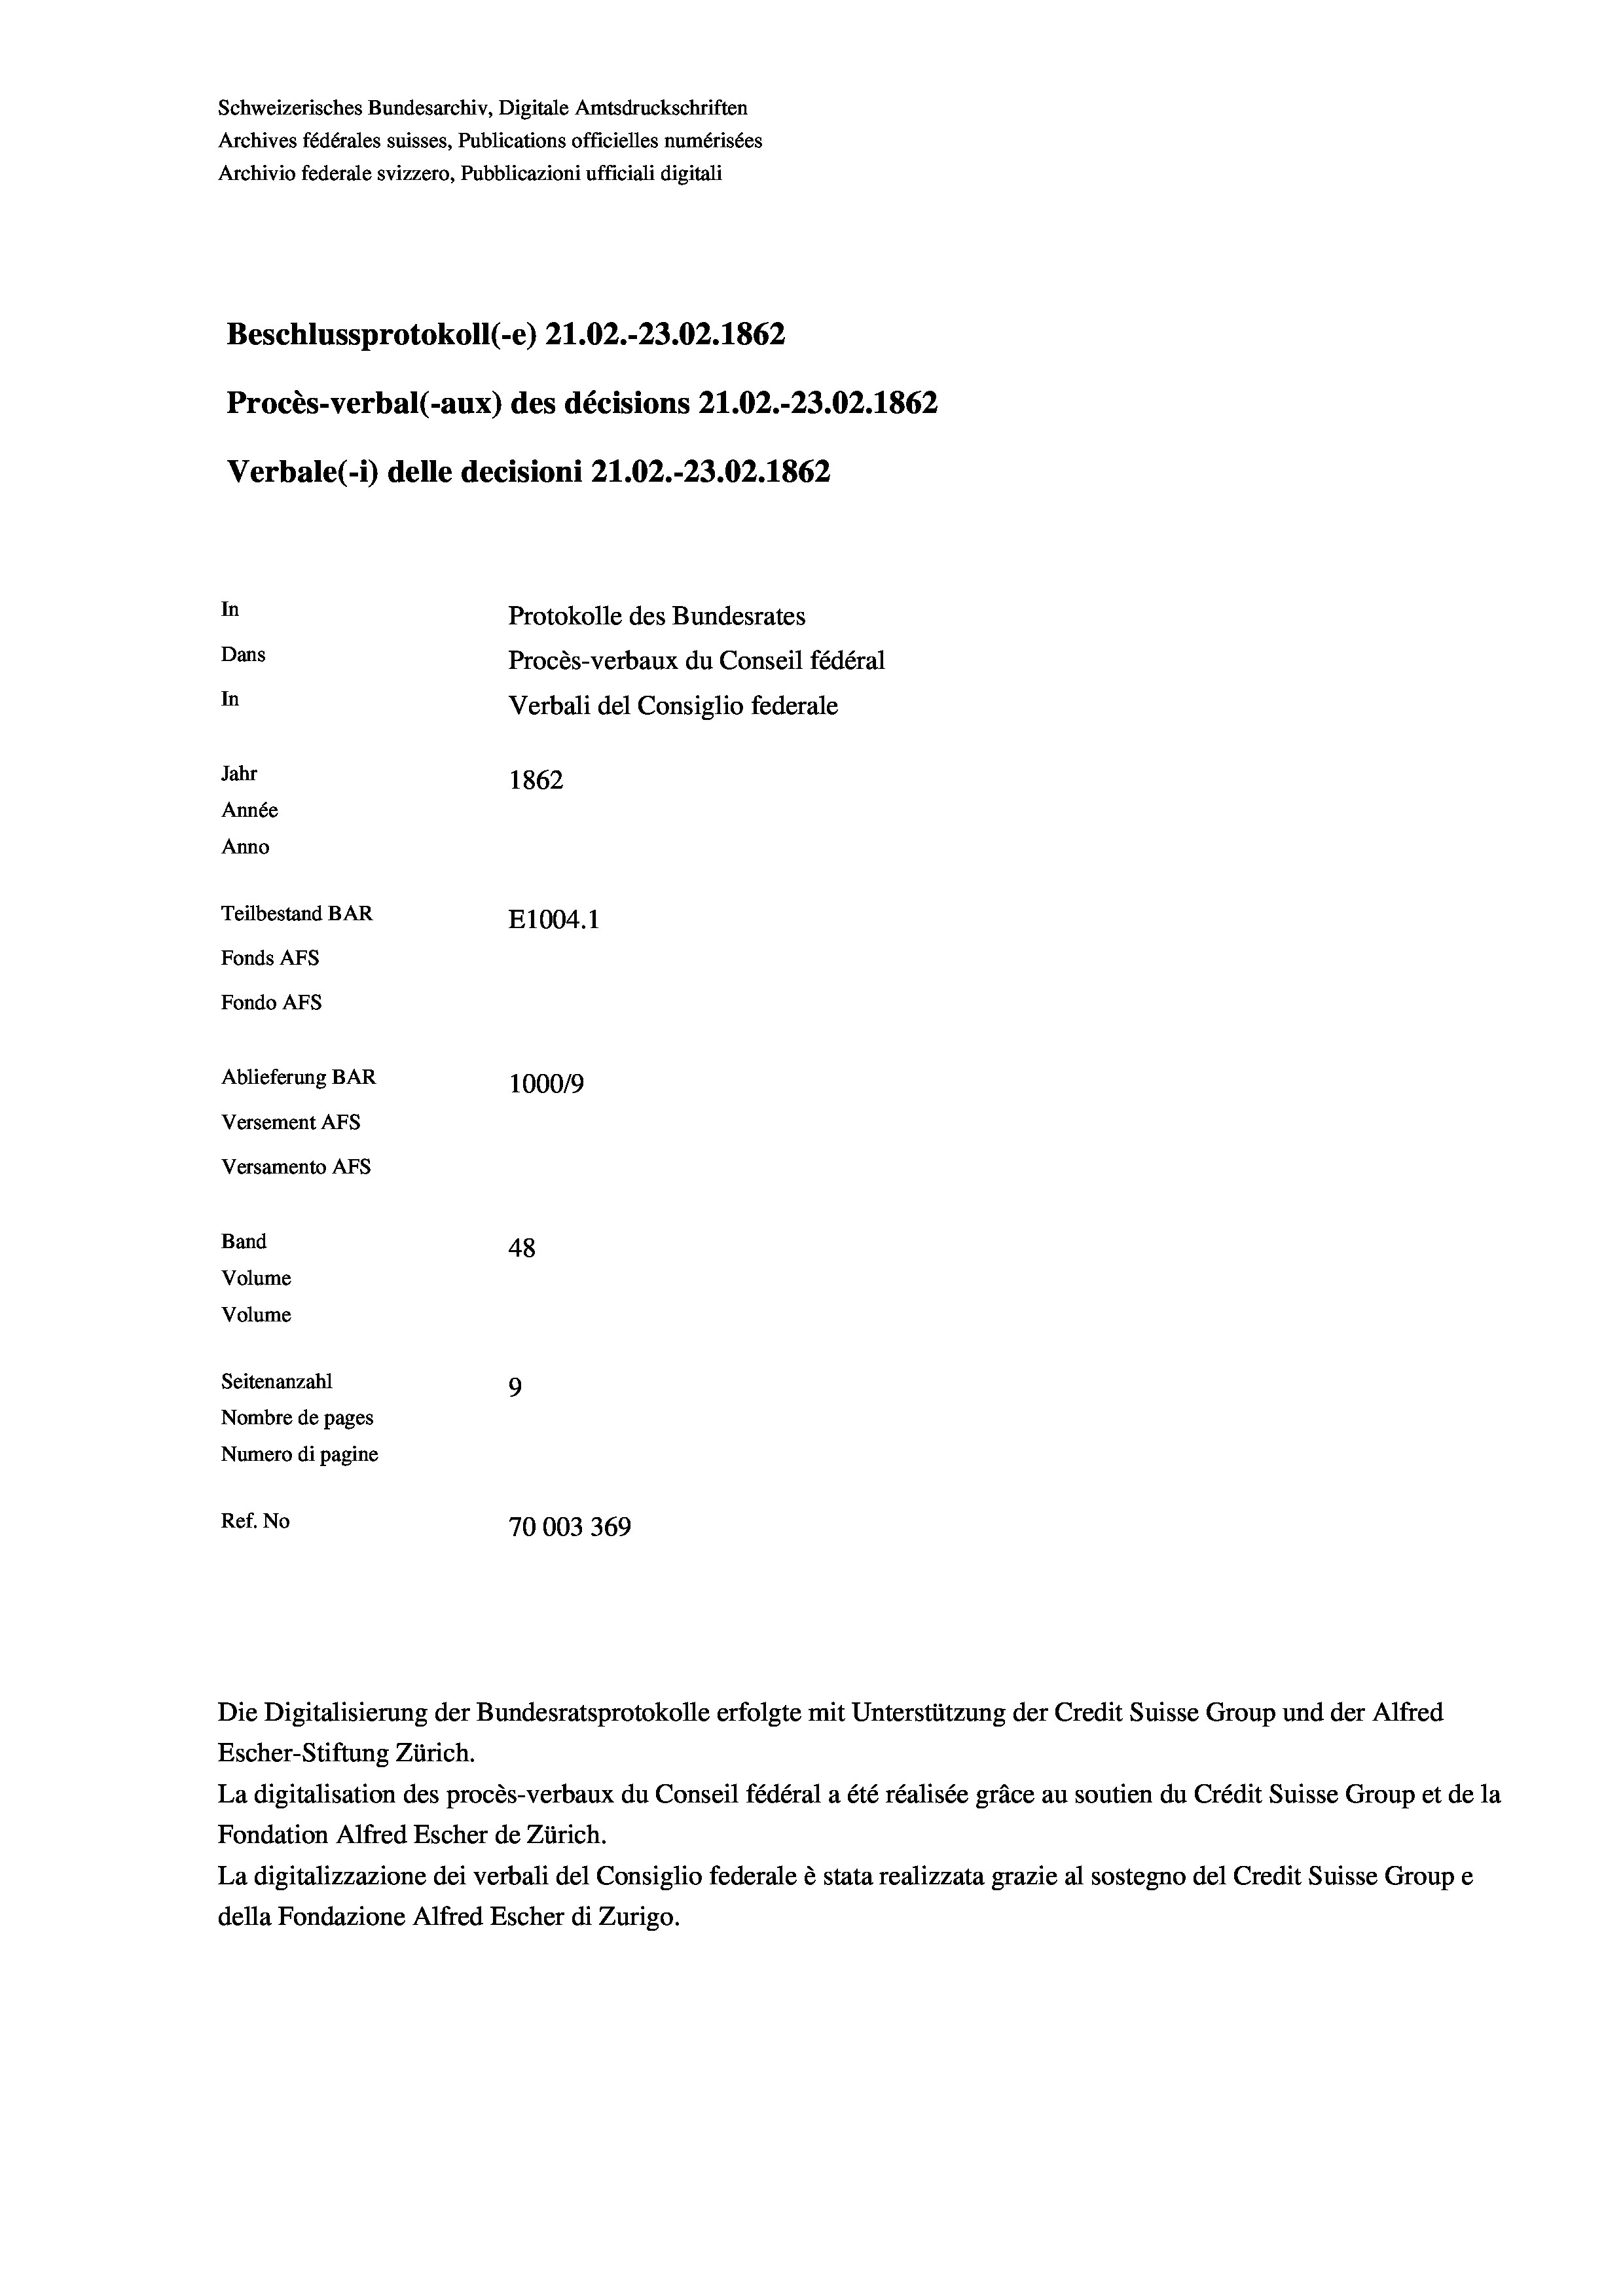
Schweizerisches Bundesarchiv, Digitale Amtsdruckschriften
Archives fédérales suisses, Publications officielles numérisées
Archivio federale svizzero, Pubblicazioni ufficiali digitali
Beschlussprotokoll (-e) 21.02.-23.02. 1862
Procès-verbal (-aux) des décisions 21.02.-23.02. 1862
Verbale (1) delle decisioni 21.02.-23.02. 1862
In
Protokolle des Bundesrates
Dans
Procès-verbaux du Conseil fédéral
In
Verbali del Consiglio federale
Jahr
1862
Année
Anno
Teilbestand BAR
E1004. 1
Fonds AFs
Fondo AFS
Ablieferung BAR
100019
Versement AFs
Versamento AFs
Band
48
Volume
Volume
Seitenanzahl
9
Nombre de pages
Numero di pagine
Ref. No
70003 369

Escher-Stiftung Zürich.
La digitalisation des procès-verbaux du Conseil fédéral a été réalisée gräce au soutien du Crédit Suisse Group et de la
Fondation Alfred Escher de Zürich.
La digitalizzazione dei verbali del Consiglio federale è stata realizzata grazie al sostegno del Credit Suisse Groupe
della Fondazione Alfred Escher di Zurigo.

Die Digitalisierung der Bundesratsprotokolle erfolgte mit Unterstützung der Credit Suisse Group und der Alfred